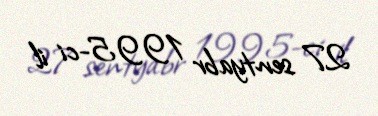
27 sentyabr 1995-ci il